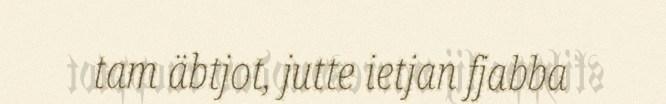
tam äbtjot, jutte ietjan fjabba